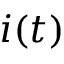
i ( t )